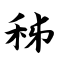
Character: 秭